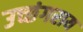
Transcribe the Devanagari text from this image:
उच्छंगराय